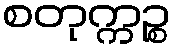
စတုက္ကဉ္စ